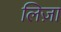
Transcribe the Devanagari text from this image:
लिज़ा